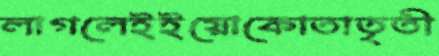
লাগলেইইয়োকোতাতৃতী